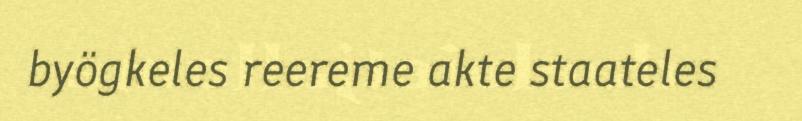
byögkeles reereme akte staateles